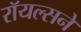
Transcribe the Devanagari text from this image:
रॉयल्सने